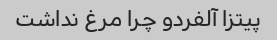
پیتزا آلفردو چرا مرغ نداشت